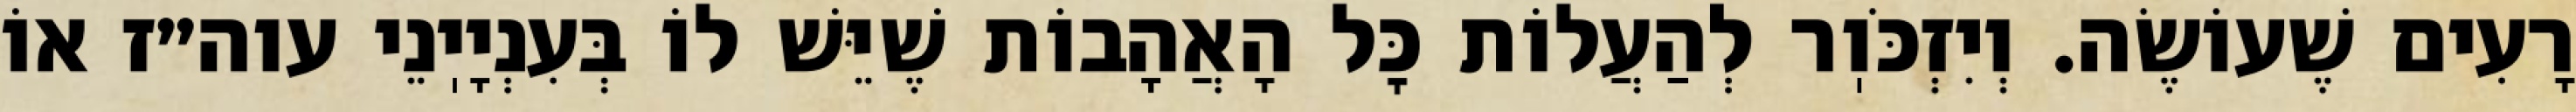
רָעִים שֶׁעוֹשֶׂה. וְיִזְכֹּוֽר לְהַעֲלוֹת כׇּל הָאֲהָבוֹת שֶׁיֵּשׁ לוֹ בְּעִנְיָיֽנֵי עוה״ז אוֹ